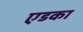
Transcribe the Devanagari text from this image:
एडका